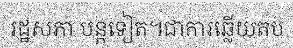
រដ្ឋសភា បន្តទៀត។ជាការឆ្លើយតប